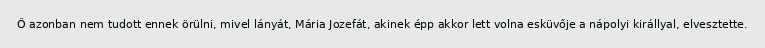
Ő azonban nem tudott ennek örülni, mivel lányát, Mária Jozefát, akinek épp akkor lett volna esküvője a nápolyi királlyal, elvesztette.